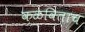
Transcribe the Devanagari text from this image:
कळविताच